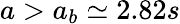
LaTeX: a>a_{b}\simeq 2.82s